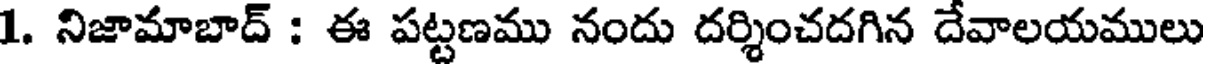
1. నిజామాబాద్ : ఈ పట్టణము నందు దర్శించదగిన దేవాలయములు